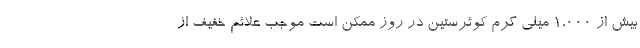
بیش از 1,000 میلی گرم کوئرستین در روز ممکن است موجب علائم خفیف از